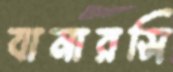
বানারসি